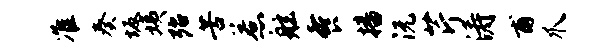
准奏坂姨殆苦惹舷餐播沅芹涛甫爪